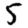
Digit: 5